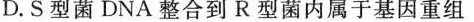
D.S型菌DNA整合到R型菌内属于基因重组